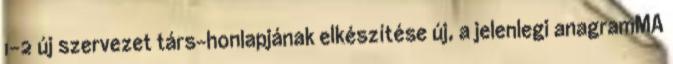
1-2 új szervezet társ-honlapjának elkészítése új, a jelenlegi anagramMA